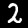
Label: 2